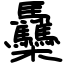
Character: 䯂